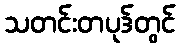
သတင်းတပုဒ်တွင်